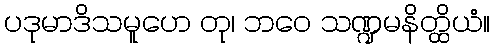
ပဒုမာဒိသမူဟေ တု၊ ဘဝေ သဏ္ဍမနိတ္ထိယံ။